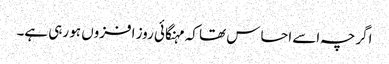
اگرچہ اسے احساس تھا کہ مہنگائی روز افزوں ہو رہی ہے۔